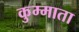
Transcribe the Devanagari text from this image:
कुम्माता